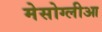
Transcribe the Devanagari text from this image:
मेसोग्लीआ